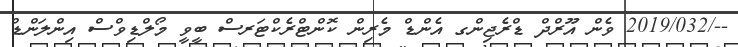
--/2019/032 ވެން އޫރްދް ޑްރެޖިންގ އެންޑް މެރިން ކޮންޓްރެކްޓަރސް ބީވީ މޯލްޑިވްސް އިންލަންޑް